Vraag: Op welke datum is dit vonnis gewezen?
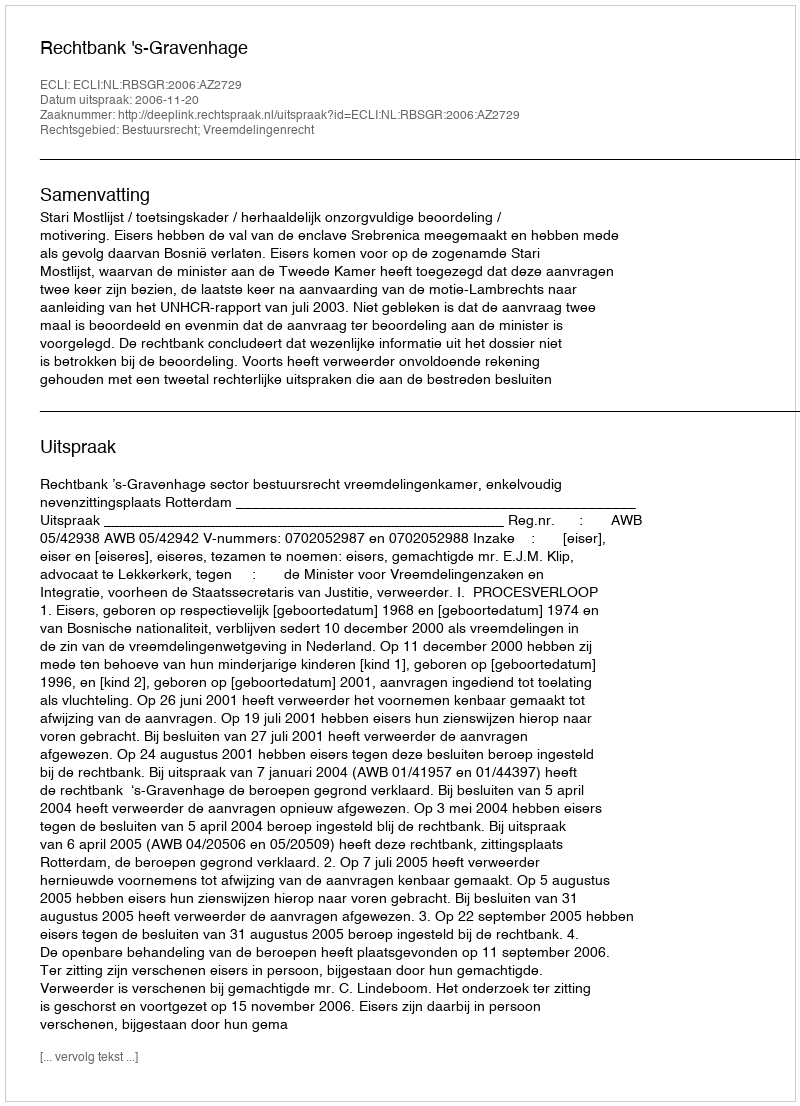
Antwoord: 2006-11-20